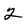
Character: 2